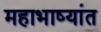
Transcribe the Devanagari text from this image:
महाभाष्यांत